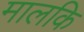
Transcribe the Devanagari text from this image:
मालकि